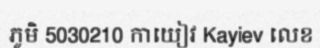
ភូមិ 5030210 កាយៀវ Kayiev លេខ